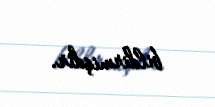
bildirmişdir.